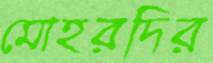
মোহরদির